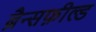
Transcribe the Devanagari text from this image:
ब्रैन्सफ़ील्ड